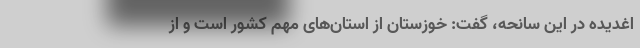
اغدیده در این سانحه، گفت: خوزستان از استان‌های مهم کشور است و از